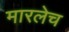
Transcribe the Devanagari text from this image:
मारलेच